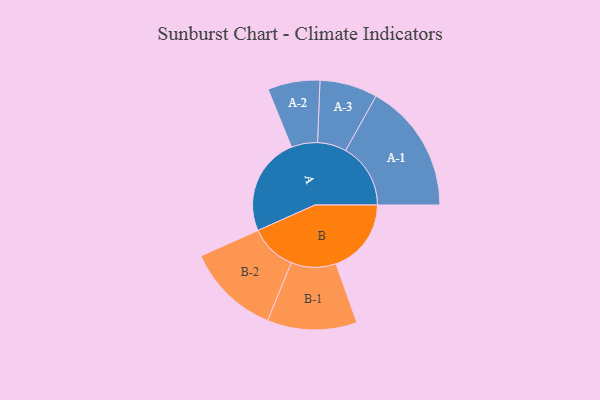
{"axis": {"x": "Segment", "y": "Value"}, "legend": ["", "A", "B"], "data": [{"x": "A", "y": 430, "type": ""}, {"x": "B", "y": 329, "type": ""}, {"x": "A-1", "y": 284, "type": "A"}, {"x": "A-2", "y": 114, "type": "A"}, {"x": "A-3", "y": 126, "type": "A"}, {"x": "B-1", "y": 196, "type": "B"}, {"x": "B-2", "y": 204, "type": "B"}]}